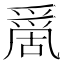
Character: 𠾄